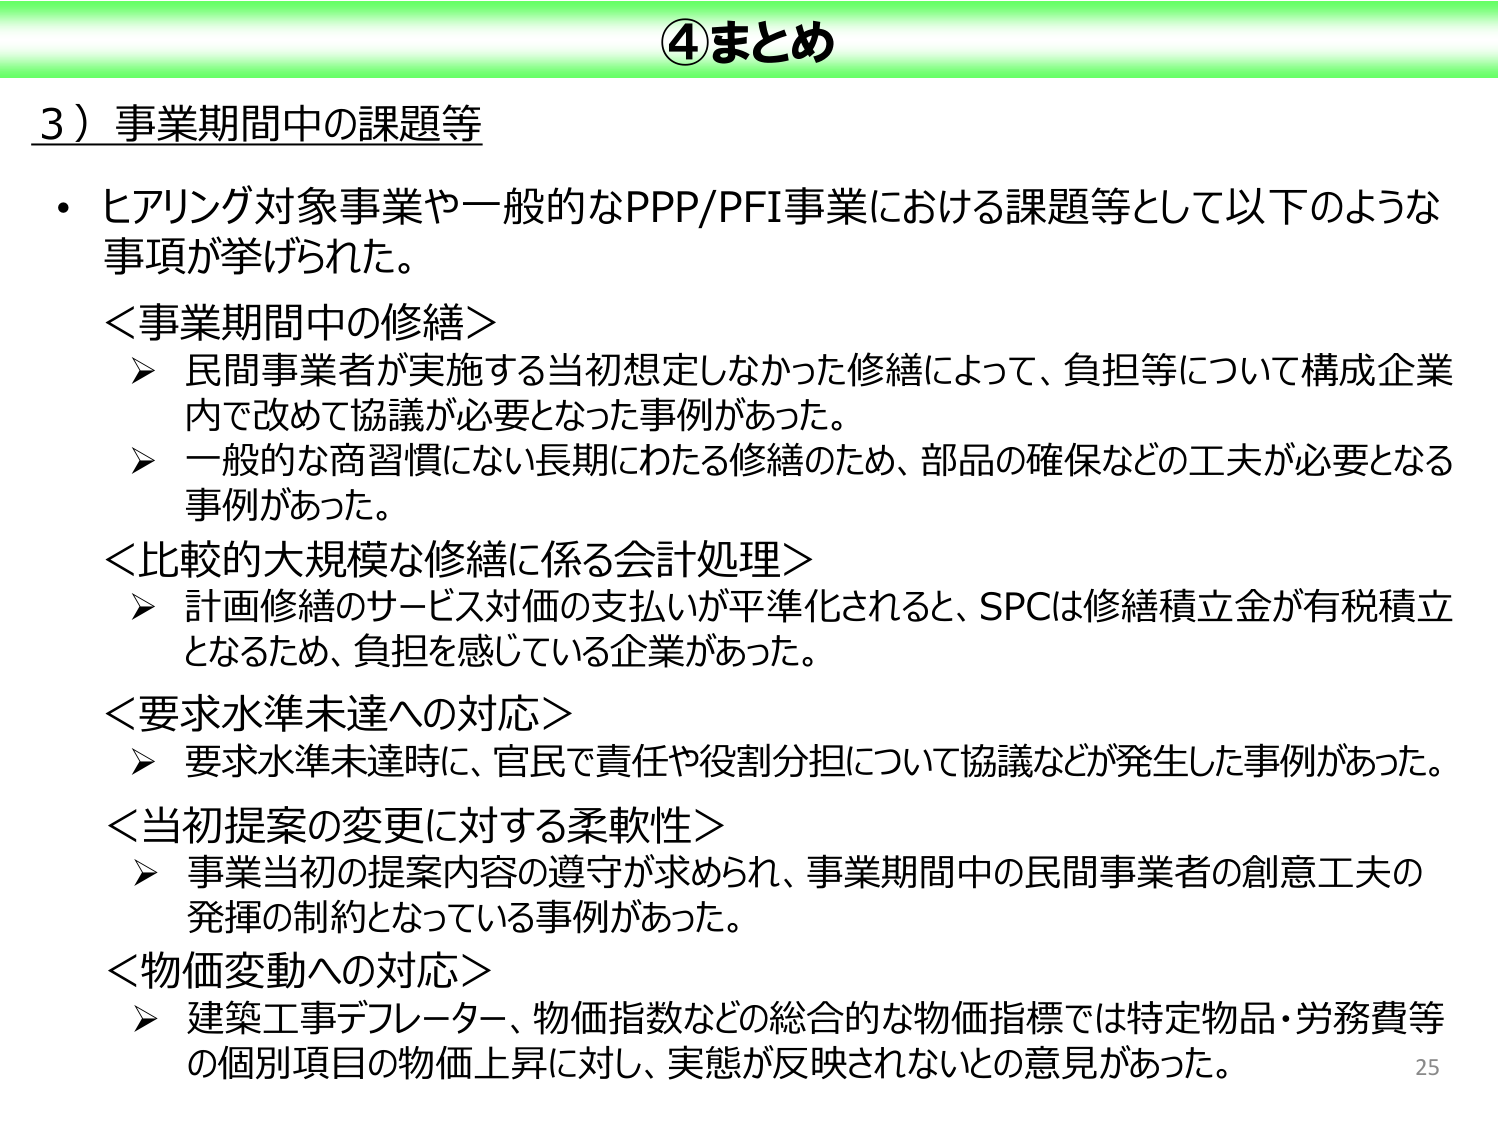
④まとめ

3）事業期間中の課題等

・ヒアリング対象事業や一般的なPPP/PFI事業における課題等として以下のような事項が挙げられた。

＜事業期間中の修繕＞
➤ 民間事業者が実施する当初想定しなかった修繕によって、負担等について構成企業内で改めて協議が必要となった事例があった。
➤ 一般的な商習慣にない長期にわたる修繕のため、部品の確保などの工夫が必要となる事例があった。

＜比較的大規模な修繕に係る会計処理＞
➤ 計画修繕のサービス対価の支払いが平準化されると、SPCは修繕積立金が有税積立となるため、負担を感じている企業があった。

＜要求水準未達への対応＞
➤ 要求水準未達時に、官民で責任や役割分担について協議などが発生した事例があった。

＜当初提案の変更に対する柔軟性＞
➤ 事業当初の提案内容の遵守が求められ、事業期間中の民間事業者の創意工夫の発揮の制約となっている事例があった。

＜物価変動への対応＞
➤ 建築工事デフレーター、物価指数などの総合的な物価指標では特定物品・労務費等の個別項目の物価上昇に対し、実態が反映されないとの意見があった。

25